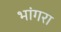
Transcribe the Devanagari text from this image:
भांगरा